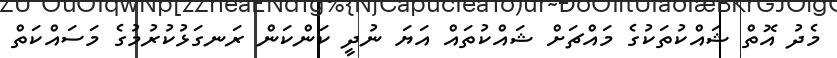
މެދު އޮތް ޝައްކުތަކުގެ މައްޗަށް ޝައްކުތައް އަޔަ ނުދީ ކަންކަން ރަނގަޅުކުރުމުގެ މަސައްކަތް